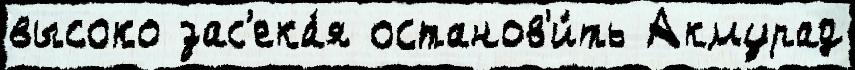
высоко зас'ека́я останов'и́ть Акмурад